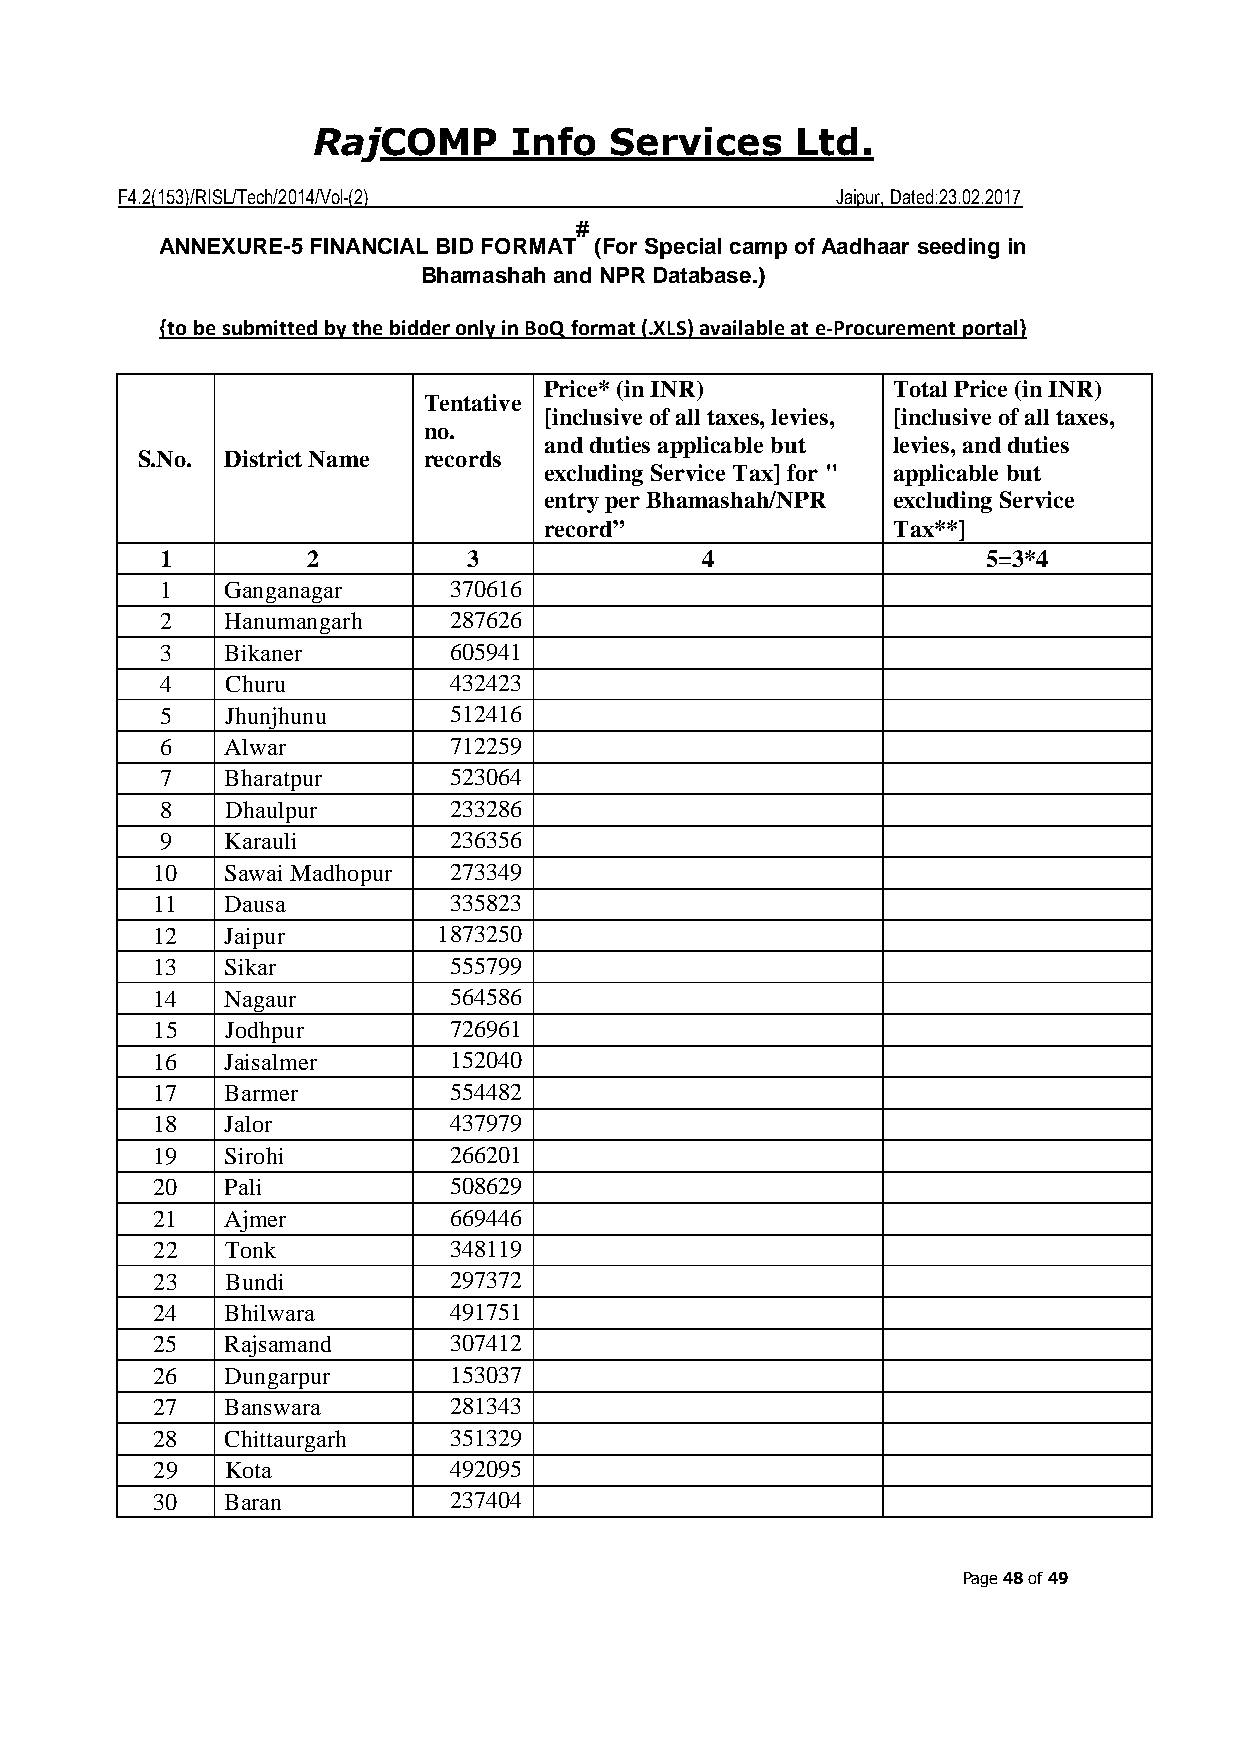
COMP     Info  Services     Ltd.
 Raj
 F4.2(153)/RISL/Tech/2014/Vol-(2)               Jaipur, Dated:23.02.2017
 #
 ANNEXURE-5 FINANCIAL BID FORMAT (For Special camp of Aadhaar seeding in
 Bhamashah and NPR Database.)
 {to be submitted by the bidder only in BoQ format (.XLS) available at e-Procurement portal}
 Price* (in INR)        Total Price (in INR)
 Tentative
 [inclusive of all taxes, levies, [inclusive of all taxes,
 no.
 and duties applicable but levies, and duties
 S.No. District Name records
 excluding Service Tax] for " applicable but
 entry per Bhamashah/NPR excluding Service
 record”                Tax**]
 1        2          3              4                  5=3*4
 1   Ganganagar     370616
 2   Hanumangarh    287626
 3   Bikaner        605941
 4   Churu          432423
 5   Jhunjhunu      512416
 6   Alwar          712259
 7   Bharatpur      523064
 8   Dhaulpur       233286
 9   Karauli        236356
 10   Sawai Madhopur 273349
 11   Dausa          335823
 12   Jaipur        1873250
 13   Sikar          555799
 14   Nagaur         564586
 15   Jodhpur        726961
 16   Jaisalmer      152040
 17   Barmer         554482
 18   Jalor          437979
 19   Sirohi         266201
 20   Pali           508629
 21   Ajmer          669446
 22   Tonk           348119
 23   Bundi          297372
 24   Bhilwara       491751
 25   Rajsamand      307412
 26   Dungarpur      153037
 27   Banswara       281343
 28   Chittaurgarh   351329
 29   Kota           492095
 30   Baran          237404
 Page 48 of 49